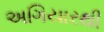
અગિયારથી